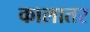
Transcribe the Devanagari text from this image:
कालातर